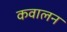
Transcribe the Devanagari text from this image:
कवालन